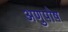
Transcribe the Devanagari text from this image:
अणुपोष